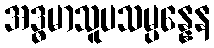
အဒ္ဓမာသူပသမ္ပန္နေန